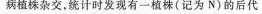
病植株杂交，统计时发现有一植株(记为N)的后代